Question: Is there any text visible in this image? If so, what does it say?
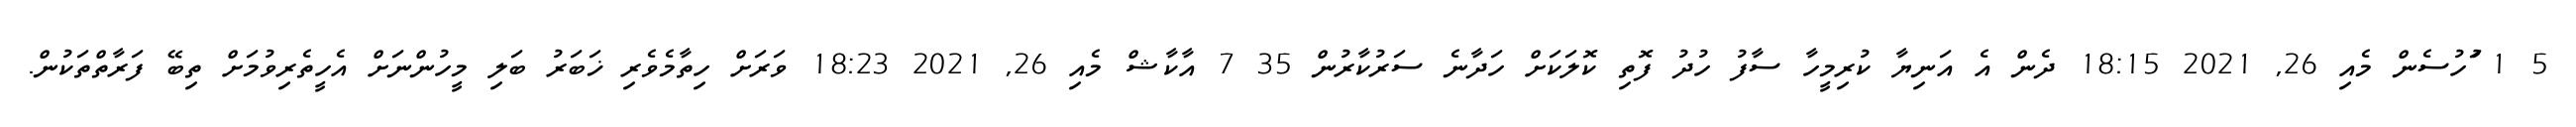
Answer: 5 1 ަުހުސެން މެއި 26, 2021 18:15 ދެން އެ އަނިޔާ ކުރިމީހާ ސާފު ހުދު ފޮތި ކޮލަކަށް ހަދާނެ ސަރުކާރުން 35 7 އާކާޝް މެއި 26, 2021 18:23 ވަރަށް ހިތާމެވެރި ޚަބަރު ބަލި މީހުންނަށް އެހީތެރިވުމަށް ތިބޭ ފަރާތްތަކުން.